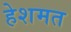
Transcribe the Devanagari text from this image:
हेशमत